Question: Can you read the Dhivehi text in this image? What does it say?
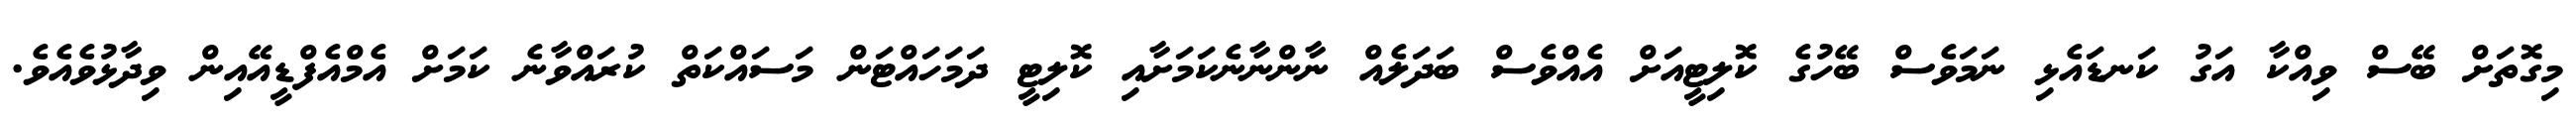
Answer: މިގޮތަށް ބޭސް ވިއްކާ އަގު ކަނޑައެޅި ނަމަވެސް ބޭހުގެ ކޮލިޓީއަށް އެއްވެސް ބަދަލެއް ނާންނާނެކަމަށާއި ކޮލިޓީ ދަމަހައްޓަން މަސައްކަތް ކުރައްވާނެ ކަމަށް އެމްއެފްޑީއޭއިން ވިދާޅުވެއެވެ.